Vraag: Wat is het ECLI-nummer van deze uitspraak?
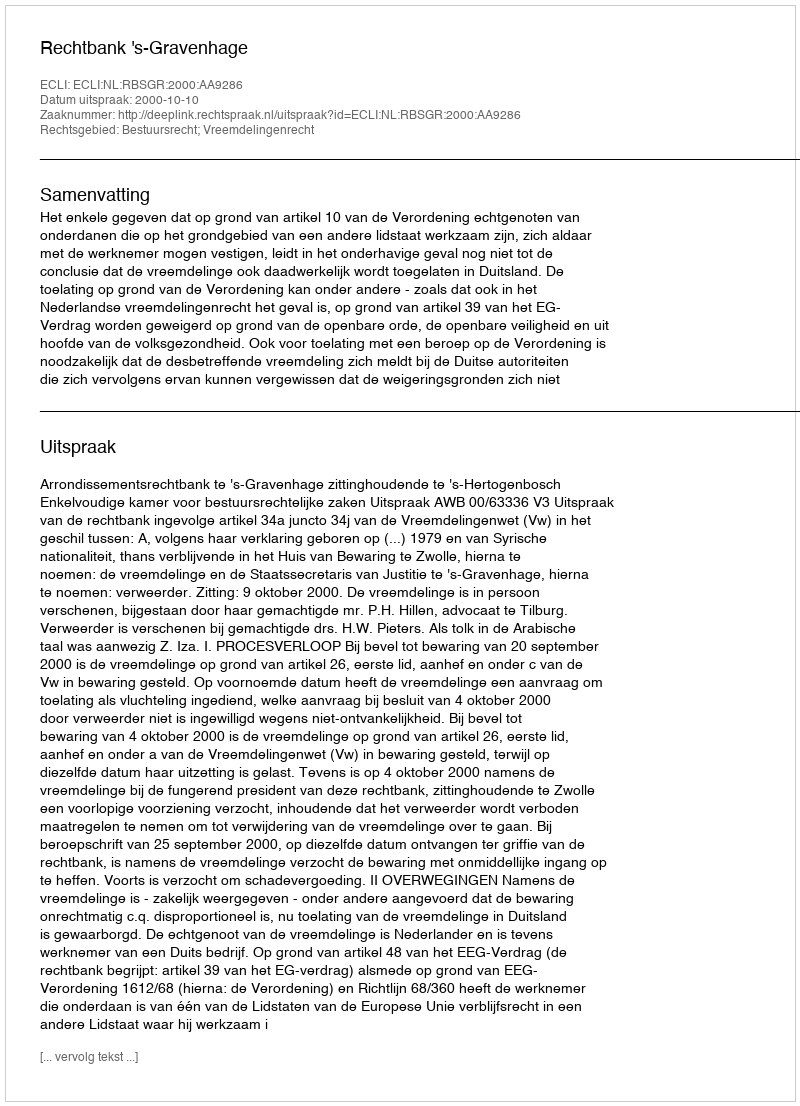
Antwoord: ECLI:NL:RBSGR:2000:AA9286